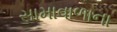
સામાવાળાના